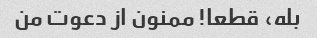
بله، قطعا! ممنون از دعوت من